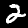
Digit: 2